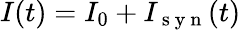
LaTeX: I(t)=I_{0}+I_{\mathrm{~s~y~n~}}(t)